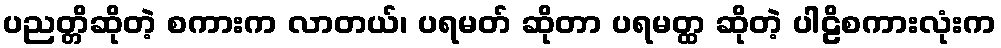
ပညတ္တိဆိုတဲ့ စကားက လာတယ်၊ ပရမတ် ဆိုတာ ပရမတ္ထ ဆိုတဲ့ ပါဠိစကားလုံးက